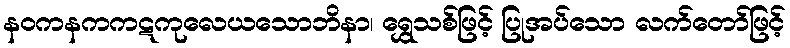
နဝကနကကဋကုလေယသောဘိနာ၊ ရွှေသစ်ဖြင့် ပြုအပ်သော လက်တော်ဖြင့်